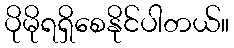
ပိုမိုရရှိစေနိုင်ပါတယ်။